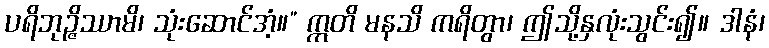
ပရိဘုဉ္ဇိဿာမိ၊ သုံးဆောင်အံ့။” ဣတိ မနသိ ကရိတွာ၊ ဤသို့နှလုံးသွင်း၍။ ဒါနံ၊